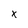
Character: X